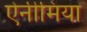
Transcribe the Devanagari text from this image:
ऐनीमिया